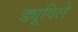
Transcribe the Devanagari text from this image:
ड्यूविले